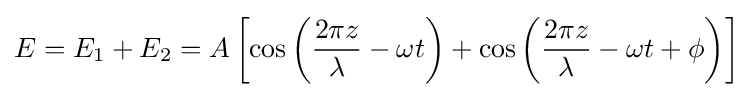
E=E_{1}+E_{2}=A\left[\cos \left({\frac {2\pi z}{\lambda }}-\omega t\right)+\cos \left({\frac {2\pi z}{\lambda }}-\omega t+\phi \right)\right]